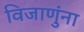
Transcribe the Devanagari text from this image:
विजाणुंना